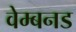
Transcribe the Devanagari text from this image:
वेम्बनड